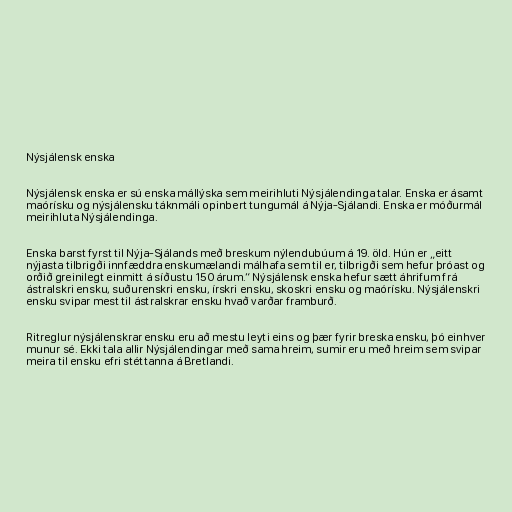
Nýsjálensk enska

Nýsjálensk enska er sú enska mállýska sem meirihluti Nýsjálendinga talar. Enska er ásamt
maórísku og nýsjálensku táknmáli opinbert tungumál á Nýja-Sjálandi. Enska er móðurmál
meirihluta Nýsjálendinga.

Enska barst fyrst til Nýja-Sjálands með breskum nýlendubúum á 19. öld. Hún er „eitt
nýjasta tilbrigði innfæddra enskumælandi málhafa sem til er, tilbrigði sem hefur þróast og
orðið greinilegt einmitt á síðustu 150 árum.“ Nýsjálensk enska hefur sætt áhrifum frá
ástralskri ensku, suðurenskri ensku, írskri ensku, skoskri ensku og maórísku. Nýsjálenskri
ensku svipar mest til ástralskrar ensku hvað varðar framburð.

Ritreglur nýsjálenskrar ensku eru að mestu leyti eins og þær fyrir breska ensku, þó einhver
munur sé. Ekki tala allir Nýsjálendingar með sama hreim, sumir eru með hreim sem svipar
meira til ensku efri stéttanna á Bretlandi.